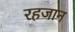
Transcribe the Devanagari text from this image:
रहजान